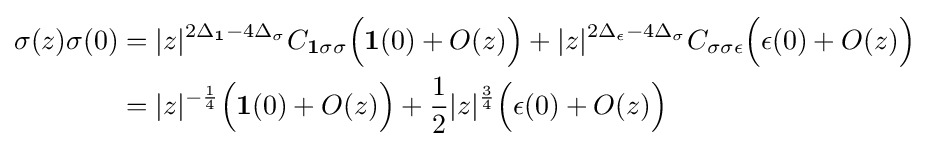
{\begin{aligned}\sigma (z)\sigma (0)&=|z|^{2\Delta _{\mathbf {1} }-4\Delta _{\sigma }}C_{\mathbf {1} \sigma \sigma }{\Big (}\mathbf {1} (0)+O(z){\Big )}+|z|^{2\Delta _{\epsilon }-4\Delta _{\sigma }}C_{\sigma \sigma \epsilon }{\Big (}\epsilon (0)+O(z){\Big )}\\&=|z|^{-{\frac {1}{4}}}{\Big (}\mathbf {1} (0)+O(z){\Big )}+{\frac {1}{2}}|z|^{\frac {3}{4}}{\Big (}\epsilon (0)+O(z){\Big )}\end{aligned}}